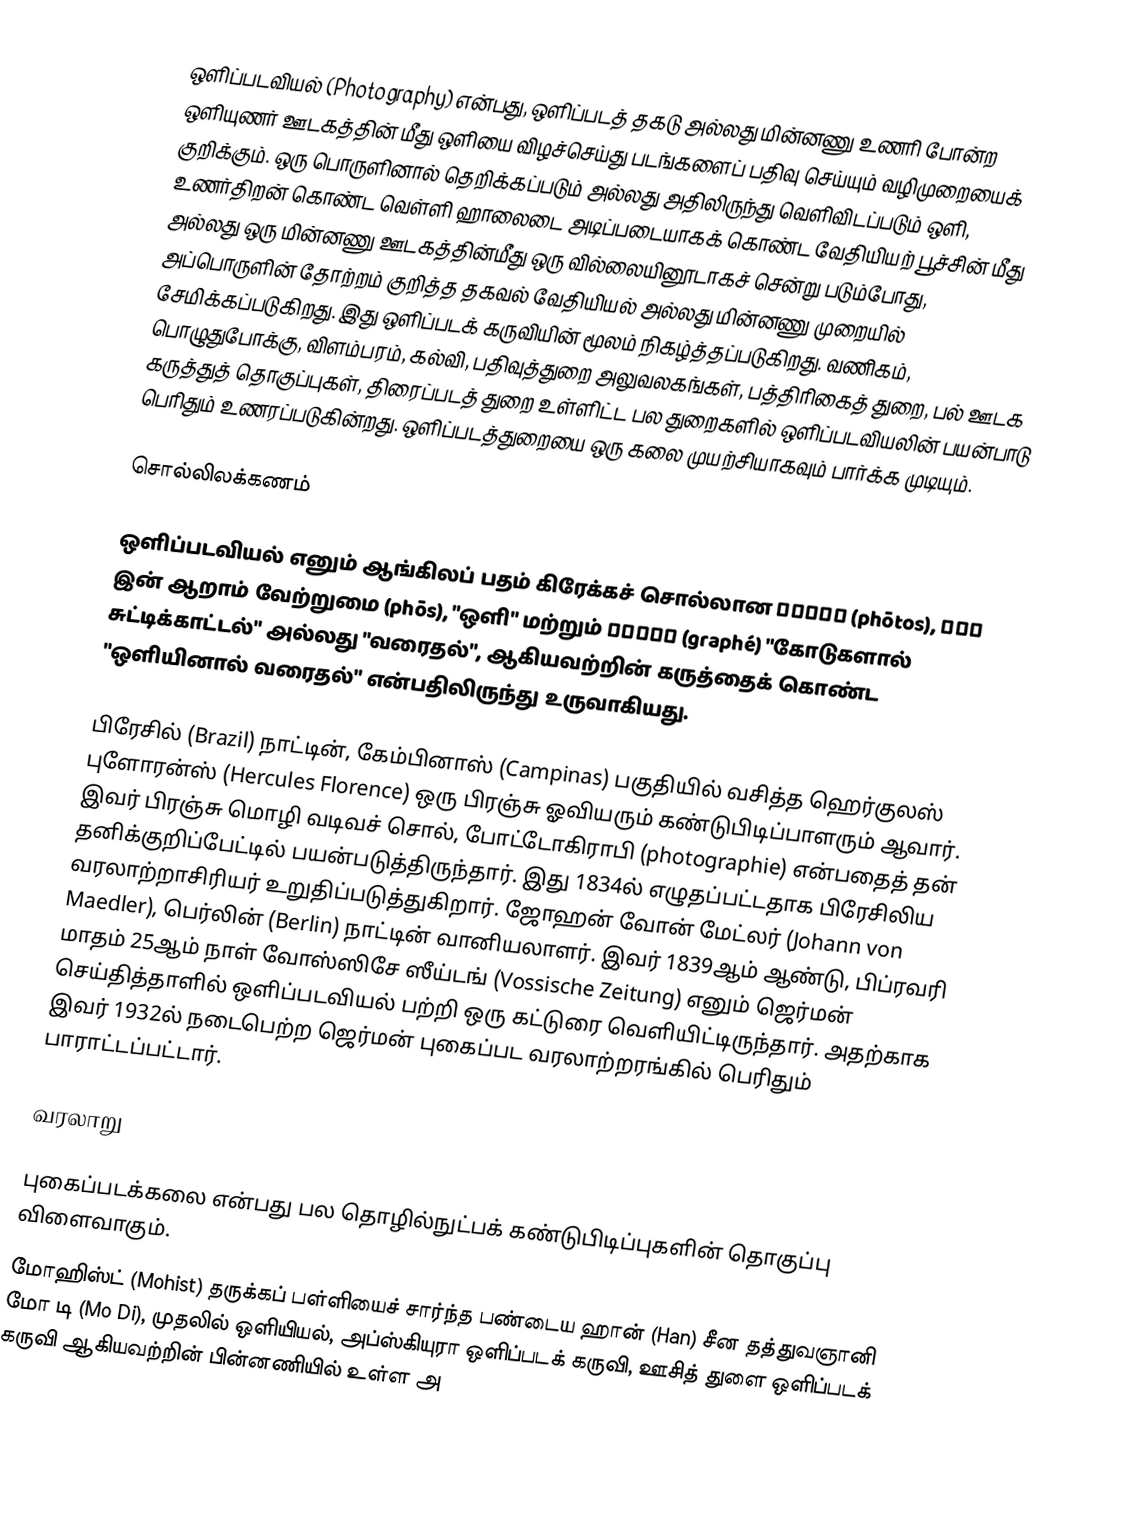
ஒளிப்படவியல் (Photography) என்பது, ஒளிப்படத் தகடு அல்லது மின்னணு உணரி போன்ற ஒளியுணர் ஊடகத்தின் மீது ஒளியை விழச்செய்து படங்களைப் பதிவு செய்யும் வழிமுறையைக் குறிக்கும். ஒரு பொருளினால் தெறிக்கப்படும் அல்லது அதிலிருந்து வெளிவிடப்படும் ஒளி, உணர்திறன் கொண்ட வெள்ளி ஹாலைடை அடிப்படையாகக் கொண்ட வேதியியற் பூச்சின் மீது அல்லது ஒரு மின்னணு ஊடகத்தின்மீது ஒரு வில்லையினூடாகச் சென்று படும்போது, அப்பொருளின் தோற்றம் குறித்த தகவல் வேதியியல் அல்லது மின்னணு முறையில் சேமிக்கப்படுகிறது. இது ஒளிப்படக் கருவியின் மூலம் நிகழ்த்தப்படுகிறது.  வணிகம், பொழுதுபோக்கு, விளம்பரம், கல்வி, பதிவுத்துறை அலுவலகங்கள், பத்திரிகைத் துறை, பல் ஊடக கருத்துத் தொகுப்புகள், திரைப்படத் துறை உள்ளிட்ட பல துறைகளில் ஒளிப்படவியலின் பயன்பாடு பெரிதும் உணரப்படுகின்றது. ஒளிப்படத்துறையை ஒரு கலை முயற்சியாகவும் பார்க்க முடியும்.

சொல்லிலக்கணம்

ஒளிப்படவியல் எனும் ஆங்கிலப் பதம் கிரேக்கச் சொல்லான φωτός (phōtos), φῶς இன் ஆறாம் வேற்றுமை (phōs), "ஒளி" மற்றும் γραφή (graphé) "கோடுகளால் சுட்டிக்காட்டல்" அல்லது "வரைதல்", ஆகியவற்றின் கருத்தைக் கொண்ட "ஒளியினால் வரைதல்" என்பதிலிருந்து உருவாகியது.

பிரேசில் (Brazil) நாட்டின், கேம்பினாஸ் (Campinas) பகுதியில் வசித்த ஹெர்குலஸ் புளோரன்ஸ் (Hercules Florence) ஒரு பிரஞ்சு ஓவியரும் கண்டுபிடிப்பாளரும் ஆவார். இவர் பிரஞ்சு மொழி வடிவச் சொல், போட்டோகிராபி (photographie) என்பதைத் தன் தனிக்குறிப்பேட்டில் பயன்படுத்திருந்தார். இது 1834ல் எழுதப்பட்டதாக பிரேசிலிய வரலாற்றாசிரியர் உறுதிப்படுத்துகிறார். ஜோஹன் வோன் மேட்லர் (Johann von Maedler), பெர்லின் (Berlin) நாட்டின் வானியலாளர். இவர் 1839ஆம் ஆண்டு, பிப்ரவரி மாதம்  25ஆம் நாள் வோஸ்ஸிசே ஸீய்டங் (Vossische Zeitung) எனும் ஜெர்மன் செய்தித்தாளில் ஒளிப்படவியல் பற்றி ஒரு கட்டுரை வெளியிட்டிருந்தார். அதற்காக இவர் 1932ல் நடைபெற்ற ஜெர்மன் புகைப்பட வரலாற்றரங்கில் பெரிதும் பாராட்டப்பட்டார்.

வரலாறு

புகைப்படக்கலை என்பது பல தொழில்நுட்பக் கண்டுபிடிப்புகளின் தொகுப்பு விளைவாகும்.
 மோஹிஸ்ட் (Mohist) தருக்கப் பள்ளியைச் சார்ந்த பண்டைய ஹான் (Han) சீன தத்துவஞானி மோ டி (Mo Di), முதலில் ஒளியியல், அப்ஸ்கியுரா ஒளிப்படக் கருவி, ஊசித் துளை ஒளிப்படக் கருவி ஆகியவற்றின் பின்னணியில் உள்ள அ